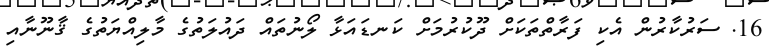
16. ސަރުކާރުން އެކި ފަރާތްތަކަށް ދޫކުރުމަށް ކަނޑައަޅާ ލޯނުތައް ދައުލަތުގެ މާލިއްޔަތުގެ ޤާނޫނާއި